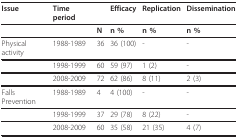
<table><thead><tr><td><b>Issue</b></td><td><b>Time period</b></td><td></td><td><b>Efficacy</b></td><td><b>Replication</b></td><td><b>Dissemination</b></td></tr></thead><tbody><tr><td></td><td></td><td><b>N</b></td><td><b>n %</b></td><td><b>n %</b></td><td><b>n %</b></td></tr><tr><td>Physical activity</td><td>1988-1989</td><td>36</td><td>36 (100)</td><td>-</td><td>-</td></tr><tr><td></td><td>1998-1999</td><td>60</td><td>59 (97)</td><td>1 (2)</td><td>-</td></tr><tr><td></td><td>2008-2009</td><td>72</td><td>62 (86)</td><td>8 (11)</td><td>2 (3)</td></tr><tr><td>Falls Prevention</td><td>1988-1989</td><td>4</td><td>4 (100)</td><td>-</td><td>-</td></tr><tr><td></td><td>1998-1999</td><td>37</td><td>29 (78)</td><td>8 (22)</td><td>-</td></tr><tr><td></td><td>2008-2009</td><td>60</td><td>35 (58)</td><td>21 (35)</td><td>4 (7)</td></tr></tbody></table>